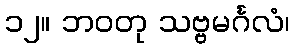
၁၂။ ဘဝတု သဗ္ဗမင်္ဂလံ၊